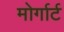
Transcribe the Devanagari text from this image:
मोर्गार्ट